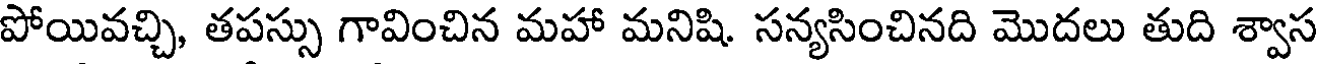
పోయివచ్చి, తపస్సు గావించిన మహా మనిషి. సన్యసించినది మొదలు తుది శ్వాస